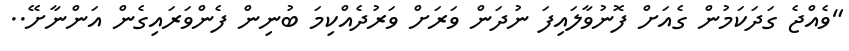
"ވެއްޖެ ގަދަކަމުން ގެއަށް ފޮނުވާލައިފަ ނުދަން ވަރަށް ވަރުދެއްކިމަ ބުނިން ފެންވަރައިގެން އަންނާށޭ..